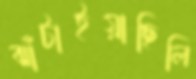
ঝাঁটাইয়াছিলি